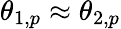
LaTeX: \theta_{1,p}\approx\theta_{2,p}